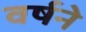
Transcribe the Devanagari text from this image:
वर्षने